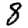
Digit: 8